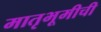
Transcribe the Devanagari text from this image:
मातृभूमीची